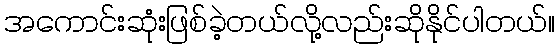
အကောင်းဆုံးဖြစ်ခဲ့တယ်လို့လည်းဆိုနိုင်ပါတယ်။